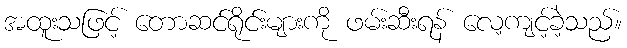
အထူးသဖြင့် တောဆင်ရိုင်းများကို ဖမ်းဆီးရန် လေ့ကျင့်ခဲ့သည်။